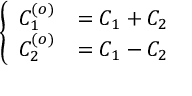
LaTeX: \left\{ \begin{array} { l l } { { C _ { 1 } ^ { ( o ) } } } & { { = C _ { 1 } + C _ { 2 } } } \\ { { C _ { 2 } ^ { ( o ) } } } & { { = C _ { 1 } - C _ { 2 } } } \end{array} \right.